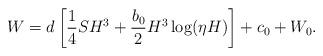
LaTeX: \begin{align*}W = d\left[\frac{1}{4}SH^3+\frac{b_0}{2}H^3\log(\eta H)\right]+c_0+W_0.\end{align*}